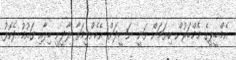
އެމް.ޑީ.ޕީގެ މެމްބަރުން ކިޔަމަން ވަނީ ނަޝީދަށް. އެހެންވީމަތާ ލާދީނީ ބިލާއި ގައުމު ދެކޮޅު